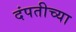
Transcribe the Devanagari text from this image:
दंपतीच्या